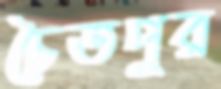
চৈতপুর